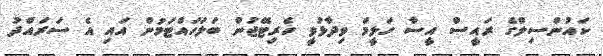
ކައުންސިލްގެ ރައީސް އީސާ ހަލީމް ވިދާޅުވީ ހެރިޓޭޖުން ބަލަހައްޓަމުން އައި އެ ސަރައްދު